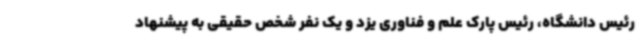
رئیس دانشگاه، رئیس پارک علم و فناوری یزد و یک نفر شخص حقیقی به پیشنهاد